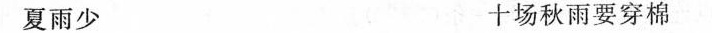
夏雨少 十场秋雨要穿棉